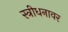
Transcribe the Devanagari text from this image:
स्त्रीधनावर